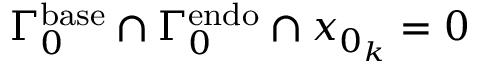
\Gamma _ { 0 } ^ { \mathrm { b a s e } } \cap \Gamma _ { 0 } ^ { \mathrm { e n d o } } \cap { x _ { 0 _ { k } } = 0 }